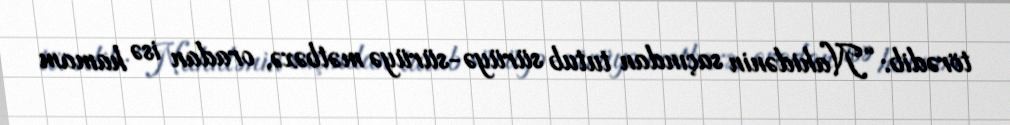
törədib: “Nahidənin saçından tutub sürüyə-sürüyə mətbəxə, oradan isə hamam